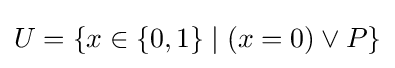
U=\{x\in \{0,1\}\mid (x=0)\vee P\}